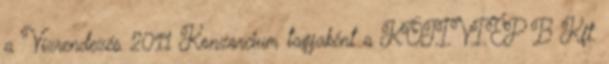
a Vízrendezés 2011 Konzorcium tagjaként a KÖTIVIÉP B Kft.